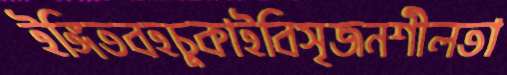
ইঙ্গিতবহচুকাইবিসৃজনশীলতা